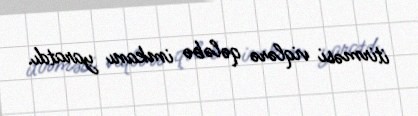
itirməsi viqlərə qələbə imkanı yaratdı.